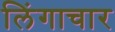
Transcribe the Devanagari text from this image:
लिंगाचार